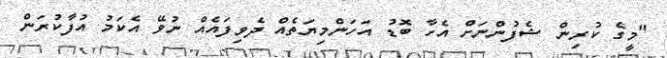
"މީގެ ކުރިން ޝެފުންނަށް އެހާ ބޮޑު އަހަންމިޔަތެއް ދެވިފައެއް ނުވޭ އެކަމު އުފާކުރަން